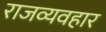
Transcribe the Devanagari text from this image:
राजव्यवहार